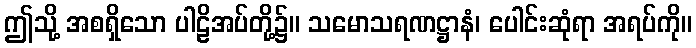
ဤသို့ အစရှိသော ပါဠိအပ်တို့၌။ သမောသရဏဋ္ဌာနံ၊ ပေါင်းဆုံရာ အရပ်ကို။